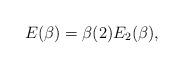
LaTeX: \begin{align*}E(\beta) = \beta(2) E_2(\beta),\end{align*}